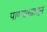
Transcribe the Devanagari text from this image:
पाण्याखासून